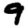
Digit: 9